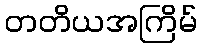
တတိယအကြိမ်